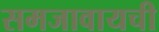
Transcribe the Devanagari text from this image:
समजावायची